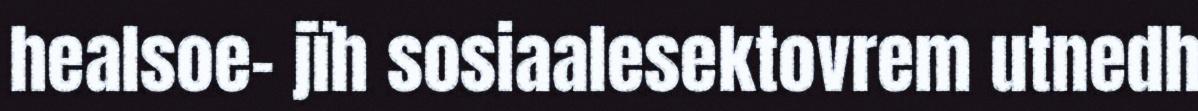
healsoe- jïh sosiaalesektovrem utnedh